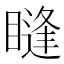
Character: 𥊒